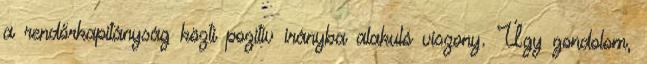
a rendőrkapitányság közti pozitív irányba alakuló viszony. Úgy gondolom,